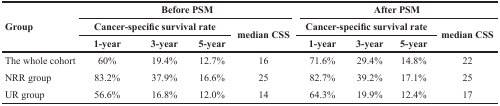
<table><thead><tr><td rowspan="3"><b>Group</b></td><td colspan="4"><b>Before PSM</b></td><td colspan="4"><b>After PSM</b></td></tr><tr><td colspan="3"><b>Cancer-specific survival rate</b></td><td rowspan="2"><b>median CSS</b></td><td colspan="3"><b>Cancer-specific survival rate</b></td><td rowspan="2"><b>median CSS</b></td></tr><tr><td><b>1-year</b></td><td><b>3-year</b></td><td><b>5-year</b></td><td><b>1-year</b></td><td><b>3-year</b></td><td><b>5-year</b></td></tr></thead><tbody><tr><td>The whole cohort</td><td>60%</td><td>19.4%</td><td>12.7%</td><td>16</td><td>71.6%</td><td>29.4%</td><td>14.8%</td><td>22</td></tr><tr><td>NRR group</td><td>83.2%</td><td>37.9%</td><td>16.6%</td><td>25</td><td>82.7%</td><td>39.2%</td><td>17.1%</td><td>25</td></tr><tr><td>UR group</td><td>56.6%</td><td>16.8%</td><td>12.0%</td><td>14</td><td>64.3%</td><td>19.9%</td><td>12.4%</td><td>17</td></tr></tbody></table>